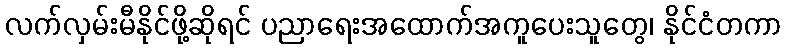
လက်လှမ်းမီနိုင်ဖို့ဆိုရင် ပညာရေးအထောက်အကူပေးသူတွေ၊ နိုင်ငံတကာ